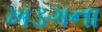
ખડગના